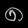
Digit: ၈